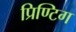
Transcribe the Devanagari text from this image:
प्रिण्टिग